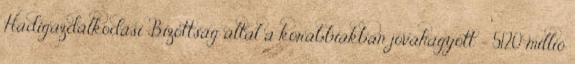
Hadigazdálkodási Bizottság által a korábbiakban jóváhagyott - 5120 millió